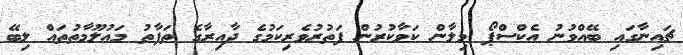
ޗައިނާގައި ބޭއްވުނު އެކްސްޕޯ މިލާން ކަވާކުރުން ފަތުރުވެރިކަމުގެ ދާއިރާގެ ތަފާތު މައުލޫމާތުތައް ލިބޭ